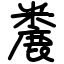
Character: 麊